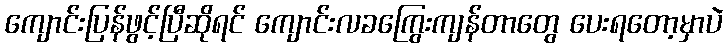
ကျောင်းပြန်ဖွင့်ပြီဆိုရင် ကျောင်းလခကြွေးကျန်တာတွေ ပေးရတော့မှာပဲ